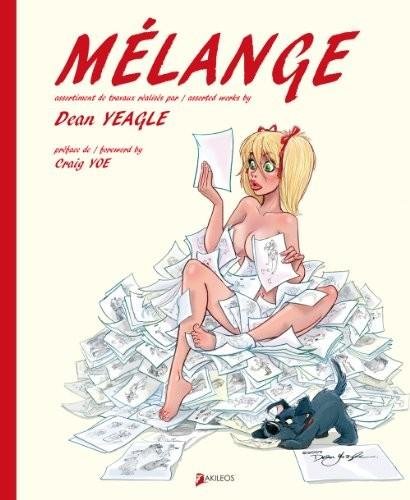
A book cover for Melange (English and French Edition); Dean Yeagle; Comics & Graphic Novels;